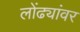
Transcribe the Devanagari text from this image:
लोंढ्यांवर